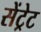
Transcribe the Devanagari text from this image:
सेंट्रेट